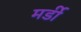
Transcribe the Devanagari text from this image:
मर्डी